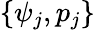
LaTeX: \{ \psi_{j},p_{j}\}